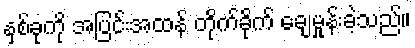
နှစ်ခုကို အပြင်းအထန် တိုက်ခိုက် ချေမှုန်းခဲ့သည်။